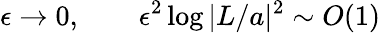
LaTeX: \epsilon\rightarrow 0,\qquad\epsilon^{2}\log|L/a|^{2}\sim O(1)